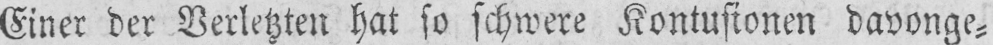
Einer der Verletzten hat so schwere Kontusionen davonge⸗